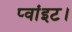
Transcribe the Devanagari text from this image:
प्‍वांइट।